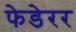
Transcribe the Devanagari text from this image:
फेडेरर